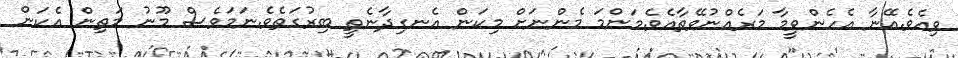
ވިއެވެ.އޭނާ އެހެންވީމާ މަރެއްނުވޭތާއެވެ.މަންމަ މެންނަށް މިކަން އެނގިދާނެތީ ބިރުގަތެވެ.ނަމަވެސް މޫނު މަތިން އެކަން